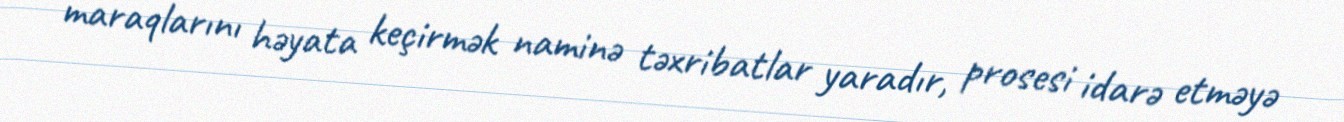
maraqlarını həyata keçirmək naminə təxribatlar yaradır, prosesi idarə etməyə